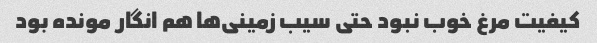
کیفیت مرغ خوب نبود حتی سیب زمینی‌ها هم انگار مونده بود